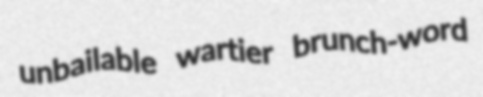
unbailable wartier brunch-word